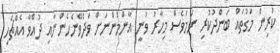
ކުރިން މަގުތައް ބަންދުކުރި ނަމަވެސް މިހާރު ވަނީ އާންމުންނަށް ވަދެވޭނެހެންނާއި ދުއްވާ އެއްޗެހި